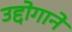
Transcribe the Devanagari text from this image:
उद्दोगाने